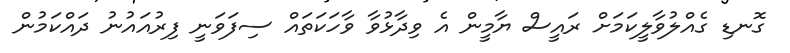
ގޮނޑި ގެެއްލުވާލީކަމަށް ރައީސް ޔާމީން އެ ވިދާޅުވާ ވާހަކަތައް ސިފަވަނީ ފިރުއައުނު ދައްކަމުން